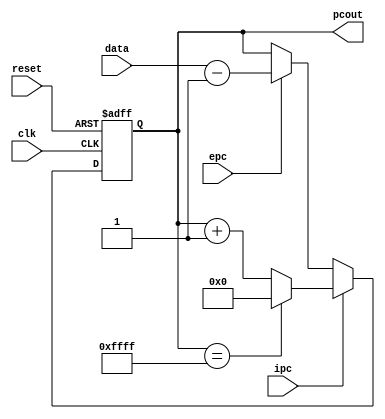
module pc(
	clk,
	reset,
	ipc,
	epc,
	data,
	pcout
);

input clk, reset, ipc, epc;
input [15:0] data;
output [15:0] pcout;

reg [15:0] cnt;

assign pcout = cnt;

always @ (posedge clk, negedge reset)
begin
	if(!reset)
	begin
		cnt = 0;
	end
	else
	begin
		if(ipc)
		begin
			if(cnt == 16'b1111111111111111)
			begin
				cnt <= 0;
			end
			else
			begin
				cnt <= cnt + 1;
			end
		end
		else if(epc)
		begin
			cnt <= data - 1;
		end
	end
end


endmodule